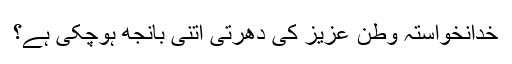
خدانخواستہ وطن عزیز کی دھرتی اتنی بانجھ ہوچکی ہے؟